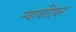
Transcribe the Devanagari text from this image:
न्यायदिकर